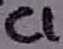
Text: C1